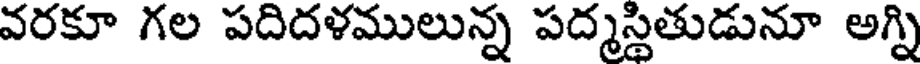
వరకూ గల పదిదళములున్న పద్మస్థితుడునూ అగ్ని